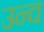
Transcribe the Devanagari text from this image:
उन्च